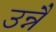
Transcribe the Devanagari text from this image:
उन्नै